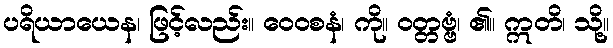
ပရိယာယေန၊ ဖြင့်လည်း။ ဝေဝစနံ၊ ကို။ ဝတ္တဗ္ဗံ၊ ၏။ ဣတိ၊ သို့။